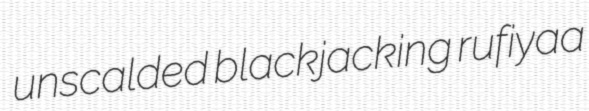
unscalded blackjacking rufiyaa